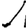
Digit: 1